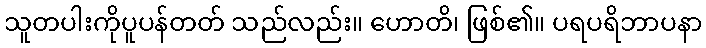
သူတပါးကိုပူပန်တတ် သည်လည်း။ ဟောတိ၊ ဖြစ်၏။ ပရပရိဘာပနာ